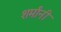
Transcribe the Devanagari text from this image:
शर्मांनी